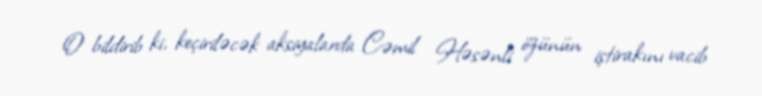
O bildirib ki, keçiriləcək aksiyalarda Cəmil Həsənli özünün iştirakını vacib